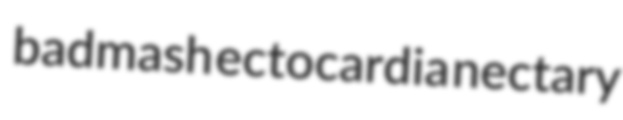
badmash ectocardia nectary